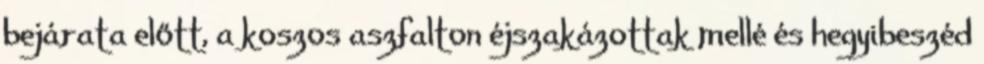
bejárata előtt, a koszos aszfalton éjszakázottak mellé és hegyibeszéd